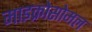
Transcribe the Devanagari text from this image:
माइक्रोसोमल